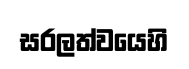
සරලත්වයෙහි